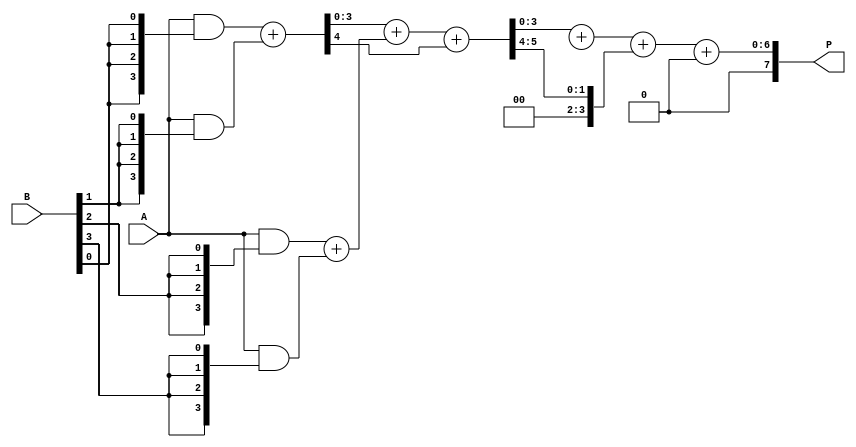
module async_wallace_tree_multiplier #(parameter N = 4) (
    input [N-1:0] A,
    input [N-1:0] B,
    output [2*N-1:0] P
);

    // Partial products
    wire [N-1:0] pp [N-1:0]; // Array of partial products
    genvar i;
    
    // Generate partial products
    generate
        for (i = 0; i < N; i = i + 1) begin : pp_gen
            assign pp[i] = A & {N{B[i]}}; // AND A with each bit of B
        end
    endgenerate

    // Wallace Tree Structure
    wire [2*N-1:0] sum [N-1:0]; // Sum wires for the Wallace tree
    wire [N-1:0] carry [N-1:0]; // Carry wires for the Wallace tree

    // Level 1 - Combine partial products
    wire [N-1:0] level1_sum [N/2:0];
    wire [N-1:0] level1_carry [N/2:0];

    generate
        for (i = 0; i < N/2; i = i + 1) begin : level1
            // Half adder for pairs of partial products
            assign {level1_carry[i], level1_sum[i]} = pp[2*i] + pp[2*i + 1];
        end
        if (N % 2) begin
            assign level1_sum[N/2] = pp[N-1]; // Odd case
        end
    endgenerate

    // Level 2 - Combine sums from level 1
    wire [N-1:0] level2_sum [N/4:0];
    wire [N-1:0] level2_carry [N/4:0];

    generate
        for (i = 0; i < N/4; i = i + 1) begin : level2
            assign {level2_carry[i], level2_sum[i]} = level1_sum[2*i] + level1_sum[2*i + 1] + level1_carry[2*i];
        end
        if (N % 4 >= 2) begin
            assign level2_sum[N/4] = level1_sum[N/2]; // Remaining sum
        end
    endgenerate

    // Final Addition Stage
    wire [2*N-1:0] final_sum;
    wire [N-1:0] final_carry;

    assign {final_carry, final_sum} = level2_sum[0] + level2_sum[1] + level2_carry[0];

    // Output
    assign P = final_sum + {final_carry, {N{1'b0}}}; // Adjust final output width

endmodule